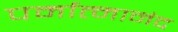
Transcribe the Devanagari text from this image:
पर्मात्मानंद